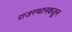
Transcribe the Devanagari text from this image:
राजस्थानकडून